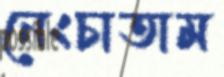
নেংচাতাম